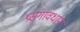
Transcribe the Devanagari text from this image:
प्रसंगावधान